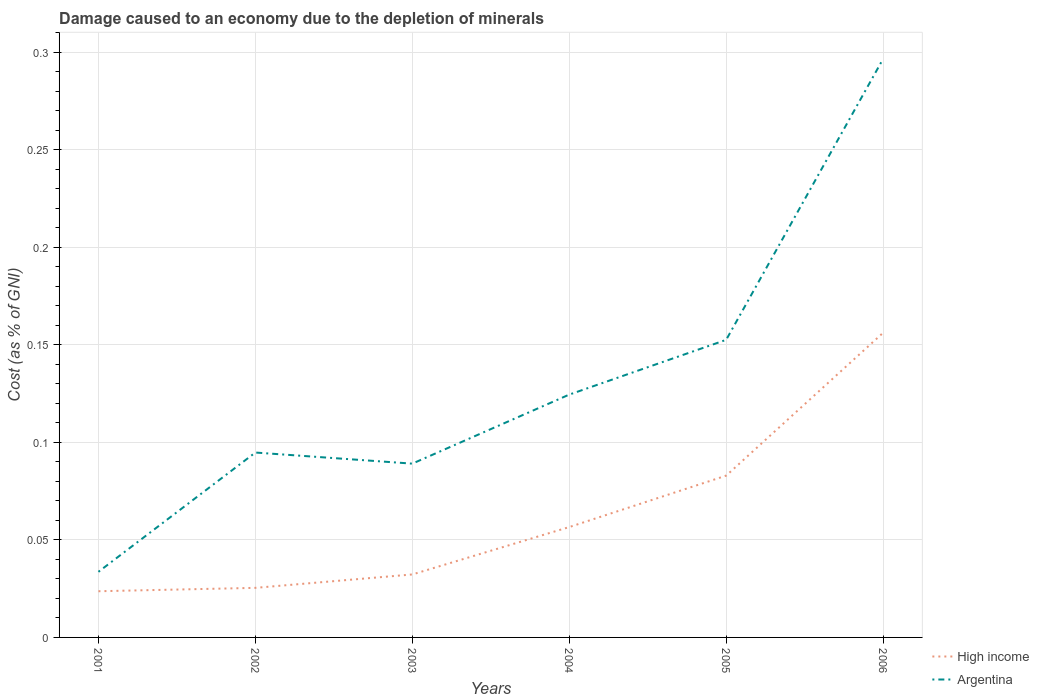
| Years | High income | Argentina |
 | --- | --- | --- |
 | 2001 | 0.0237 | 0.0336 |
 | 2002 | 0.0254 | 0.0948 |
 | 2003 | 0.0323 | 0.0891 |
 | 2004 | 0.0566 | 0.124 |
 | 2005 | 0.0829 | 0.153 |
 | 2006 | 0.156 | 0.297 |